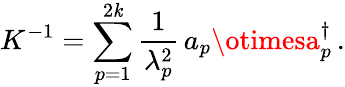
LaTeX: K^{-1}=\sum_{p=1}^{2\mathit{k}}{\frac{{1}}{{\lambda_{p}^{2}}}}\, a_{p}\otimesa_{p}^{\dagger}\, .